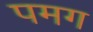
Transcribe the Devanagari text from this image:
पमग